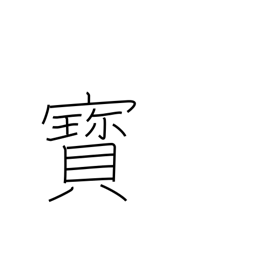
Meaning: rare